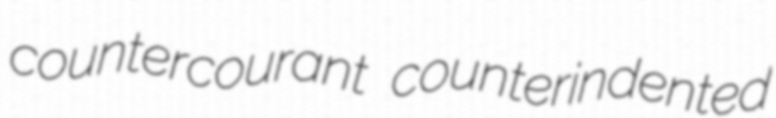
countercourant counterindented